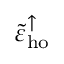
\tilde { \varepsilon } _ { \mathrm { h o } } ^ { \uparrow }